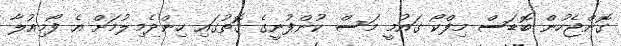
ގޮންޖެހުން ބޮޑަސް މިފްކޯ ގައުމީ މަސް ކުންފުނީގެ ގޮތުގައި ހިންދެމިލުމަށް އެ ފޯމިއުލާ